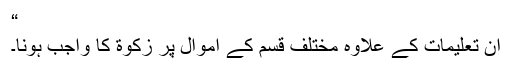
“
ان تعليمات کے علاوہ مختلف قسم کے اموال پر زکوٰة کا واجب ہونا۔